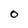
Character: 0